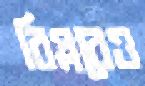
বিপ্লবেও